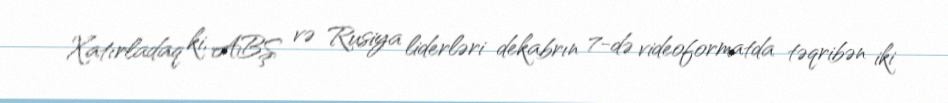
Xatırladaq ki, ABŞ və Rusiya liderləri dekabrın 7-də videoformatda təqribən iki